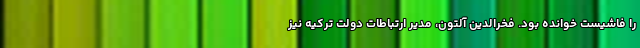
را فاشیست خوانده بود. فخرالدین آلتون، مدیر ارتباطات دولت ترکیه نیز